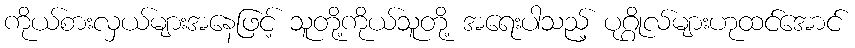
ကိုယ်စားလှယ်များအနေဖြင့် သူတို့ကိုယ်သူတို့ အရေးပါသည့် ပုဂ္ဂိုလ်များဟုထင်အောင်